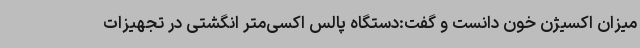
میزان اکسیژن خون دانست و گفت:دستگاه پالس اکسی‌متر انگشتی در تجهیزات